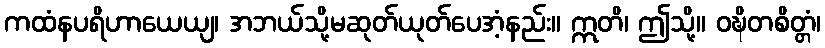
ကထံနပရိဟာယေယျ၊ အဘယ်သို့မဆုတ်ယုတ်ပေအံ့နည်း။ ဣတိ၊ ဤသို့။ ဝဍ္ဎိတစိတ္တံ၊